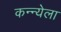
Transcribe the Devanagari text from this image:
कन्न्येला